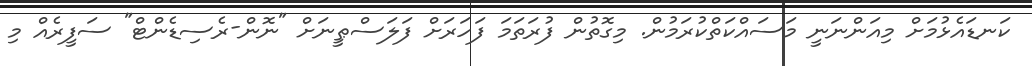
ކަނޑައެޅުމަށް މިއަންނަނީ މަސައްކަތްކުރަމުން. މިގޮތުން ފުރަތަމަ ފަހަރަށް ފަލަސްޠީނަށް "ނޮން-ރެސިޑެންޓް" ސަފީރެއް މި